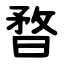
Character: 暓